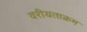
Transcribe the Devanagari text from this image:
वरीयताक्रम